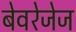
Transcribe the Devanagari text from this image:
बेवरेजेज